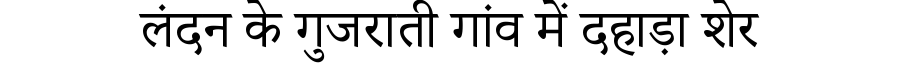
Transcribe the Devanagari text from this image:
लंदन के गुजराती गांव में दहाड़ा शेर